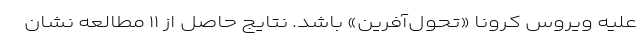
علیه ویروس کرونا «تحول‌آفرین» باشد. نتایج حاصل از ۱۱ مطالعه نشان